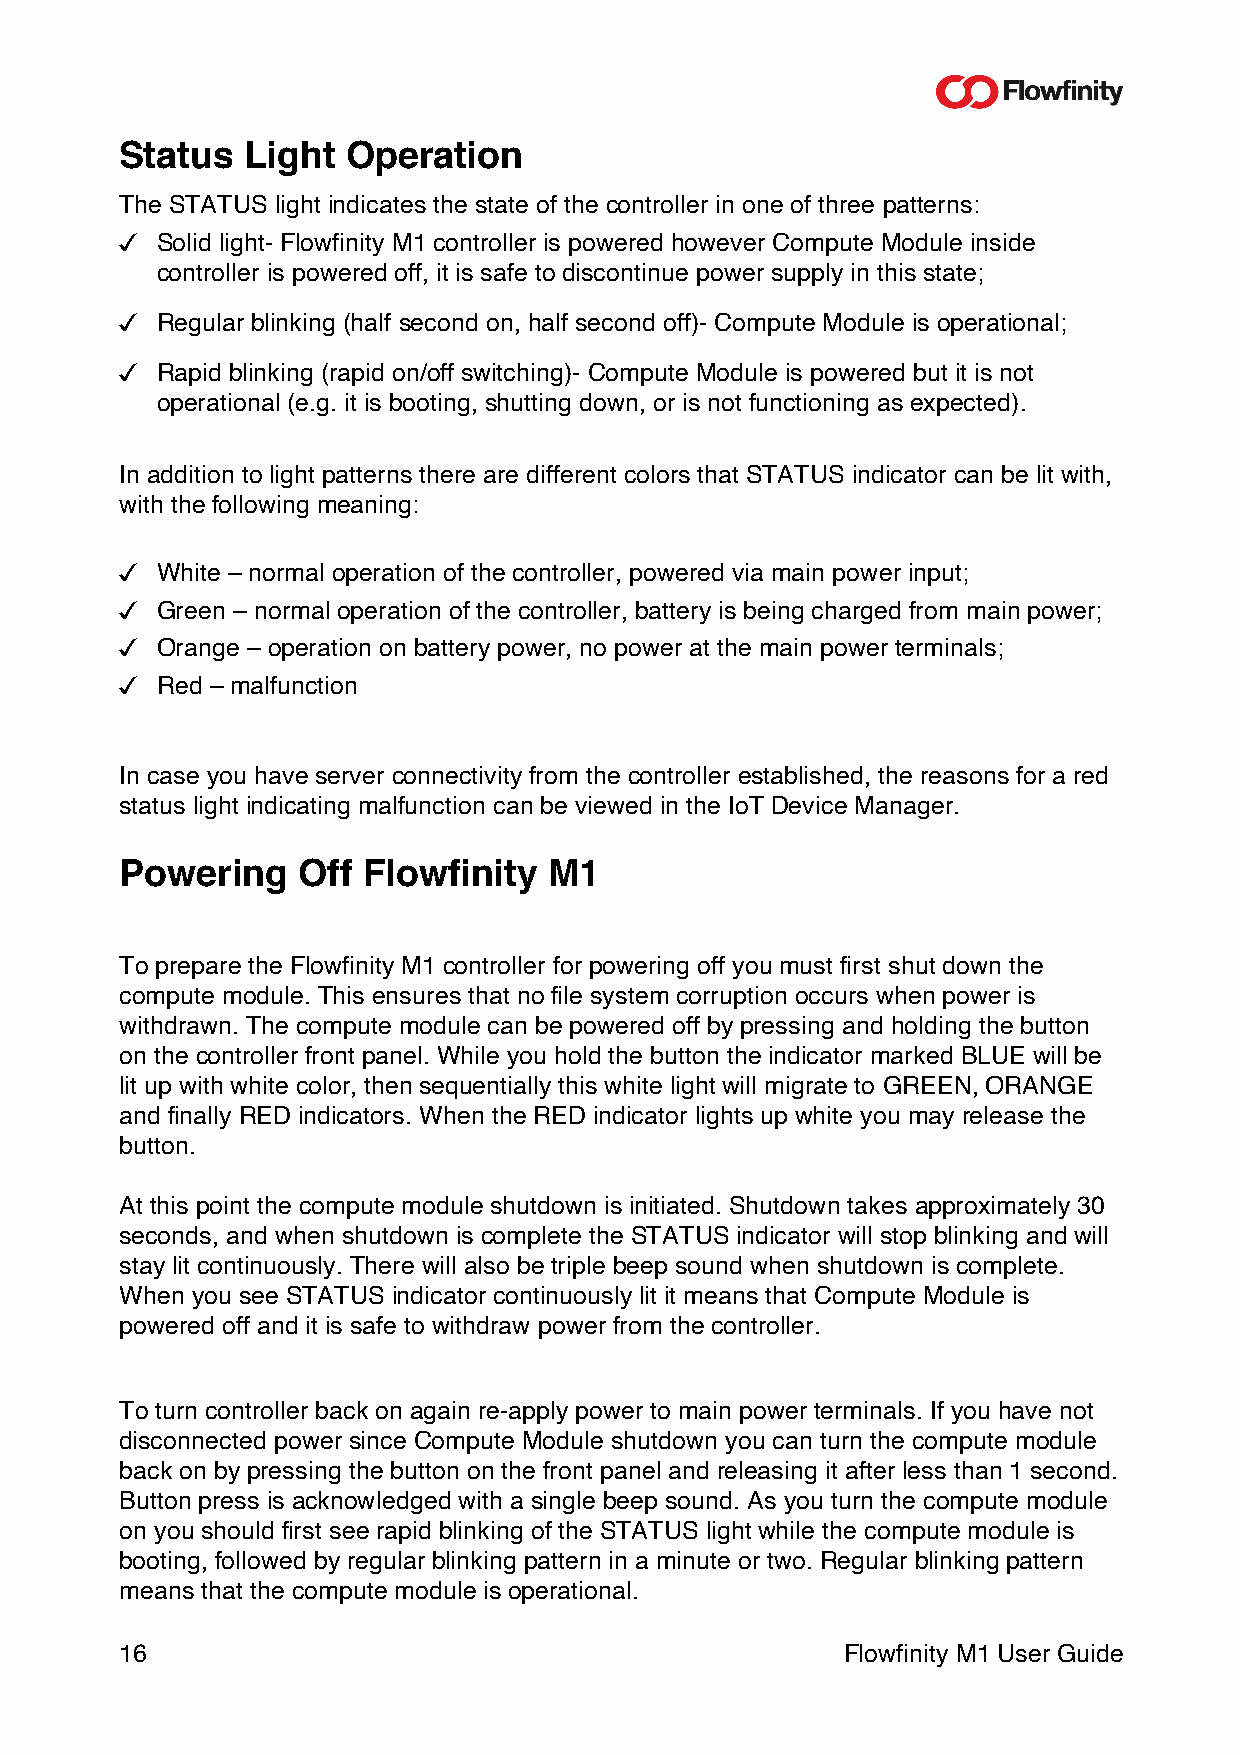
Status  Light  Operation
 The STATUS light indicates the state of the controller in one of three patterns:
 " Solid light- Flowfinity M1 controller is powered however Compute Module inside
 controller is powered off, it is safe to discontinue power supply in this state;
 " Regular blinking (half second on, half second off)- Compute Module is operational;
 " Rapid blinking (rapid on/off switching)- Compute Module is powered but it is not
 operational (e.g. it is booting, shutting down, or is not functioning as expected).
 In addition to light patterns there are different colors that STATUS indicator can be lit with,
 with the following meaning:
 " White – normal operation of the controller, powered via main power input;
 " Green – normal operation of the controller, battery is being charged from main power;
 " Orange – operation on battery power, no power at the main power terminals;
 " Red – malfunction
 In case you have server connectivity from the controller established, the reasons for a red
 status light indicating malfunction can be viewed in the IoT Device Manager.
 Powering    Off Flowfinity  M1
 To prepare the Flowfinity M1 controller for powering off you must first shut down the
 compute module. This ensures that no file system corruption occurs when power is
 withdrawn. The compute module can be powered off by pressing and holding the button
 on the controller front panel. While you hold the button the indicator marked BLUE will be
 lit up with white color, then sequentially this white light will migrate to GREEN, ORANGE
 and finally RED indicators. When the RED indicator lights up white you may release the
 button.
 At this point the compute module shutdown is initiated. Shutdown takes approximately 30
 seconds, and when shutdown is complete the STATUS indicator will stop blinking and will
 stay lit continuously. There will also be triple beep sound when shutdown is complete.
 When you see STATUS indicator continuously lit it means that Compute Module is
 powered off and it is safe to withdraw power from the controller.
 To turn controller back on again re-apply power to main power terminals. If you have not
 disconnected power since Compute Module shutdown you can turn the compute module
 back on by pressing the button on the front panel and releasing it after less than 1 second.
 Button press is acknowledged with a single beep sound. As you turn the compute module
 on you should first see rapid blinking of the STATUS light while the compute module is
 booting, followed by regular blinking pattern in a minute or two. Regular blinking pattern
 means that the compute module is operational.
 16                                              Flowfinity M1 User Guide